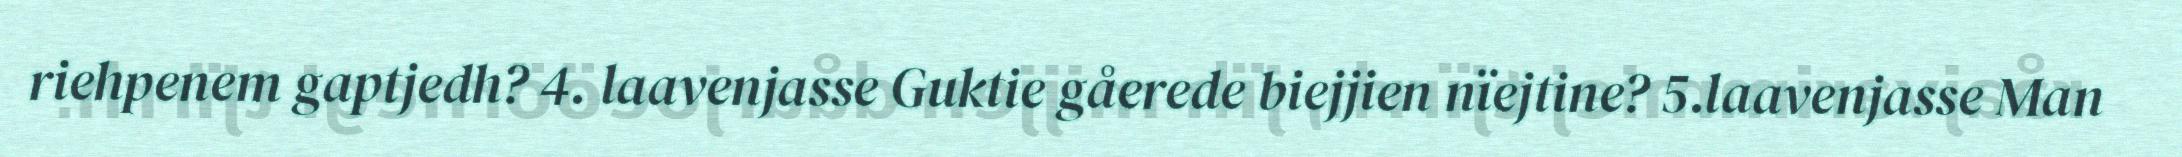
riehpenem gaptjedh? 4. laavenjasse Guktie gåerede biejjien nïejtine? 5.laavenjasse Man